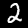
Label: 2